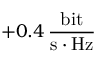
+ 0 . 4 \, \frac { \mathrm { b i t } } { \mathrm { s } \cdot \mathrm { H z } }